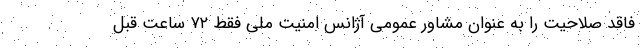
فاقد صلاحیت را به عنوان مشاور عمومی آژانس امنیت ملی فقط ۷۲ ساعت قبل